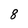
Character: 8